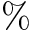
\%